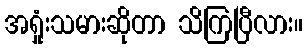
အရှုံးသမားဆိုတာ သိကြပြီလား။